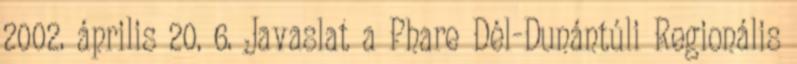
2002. április 20. 6. Javaslat a Phare Dél-Dunántúli Regionális